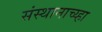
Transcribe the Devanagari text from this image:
संस्थानाच्य्हा